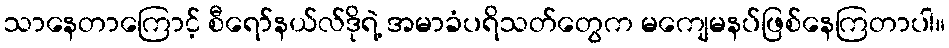
သာနေတာကြောင့် စီရော်နယ်လ်ဒိုရဲ့ အမာခံပရိသတ်တွေက မကျေမနပ်ဖြစ်နေကြတာပါ။